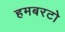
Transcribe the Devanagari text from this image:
हमबरटो